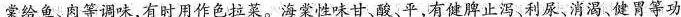
棠给鱼、肉等调味，有时用作色拉菜。海棠性味甘、酸、平，有健脾止泻利尿、消渴、健胃等功